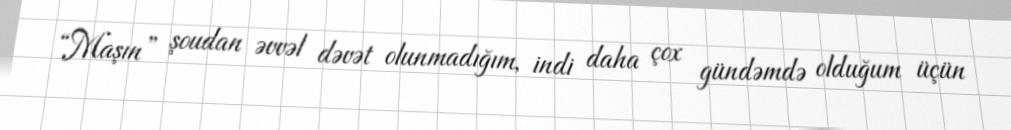
“Maşın” şoudan əvvəl dəvət olunmadığım, indi daha çox gündəmdə olduğum üçün